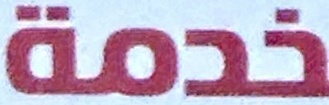
خدمة